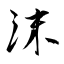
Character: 沫